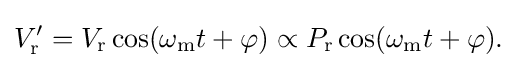
{\begin{aligned}V_{\text{r}}'&=V_{\text{r}}\cos(\omega _{\mathrm {m} }t+\varphi )\propto P_{\text{r}}\cos(\omega _{\mathrm {m} }t+\varphi ).\\\end{aligned}}